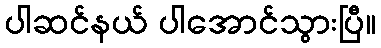
ပါဆင်နယ် ပါအောင်သွားပြီ။